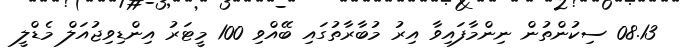
08.13 ސިކުންތުން ނިންމާފައިވާ އިރު މުބާރާތުގައި ބޭއްވި 100 މީޓަރު އިންޑިވިޖުއަލް މެޑްލީ